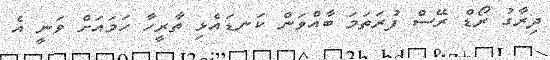
ދިރާގު ރޯޑް ރޭސް ފުރަތަމަ ބާއްވަން ކަނޑައެޅި ތާރީހާ ހަމައަށް ވަނީ އެ